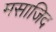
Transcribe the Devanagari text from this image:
मसाजिद